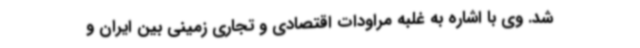
شد. وی با اشاره به غلبه مراودات اقتصادی و تجاری زمینی بین ایران و